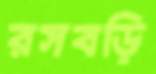
রসবড়ি